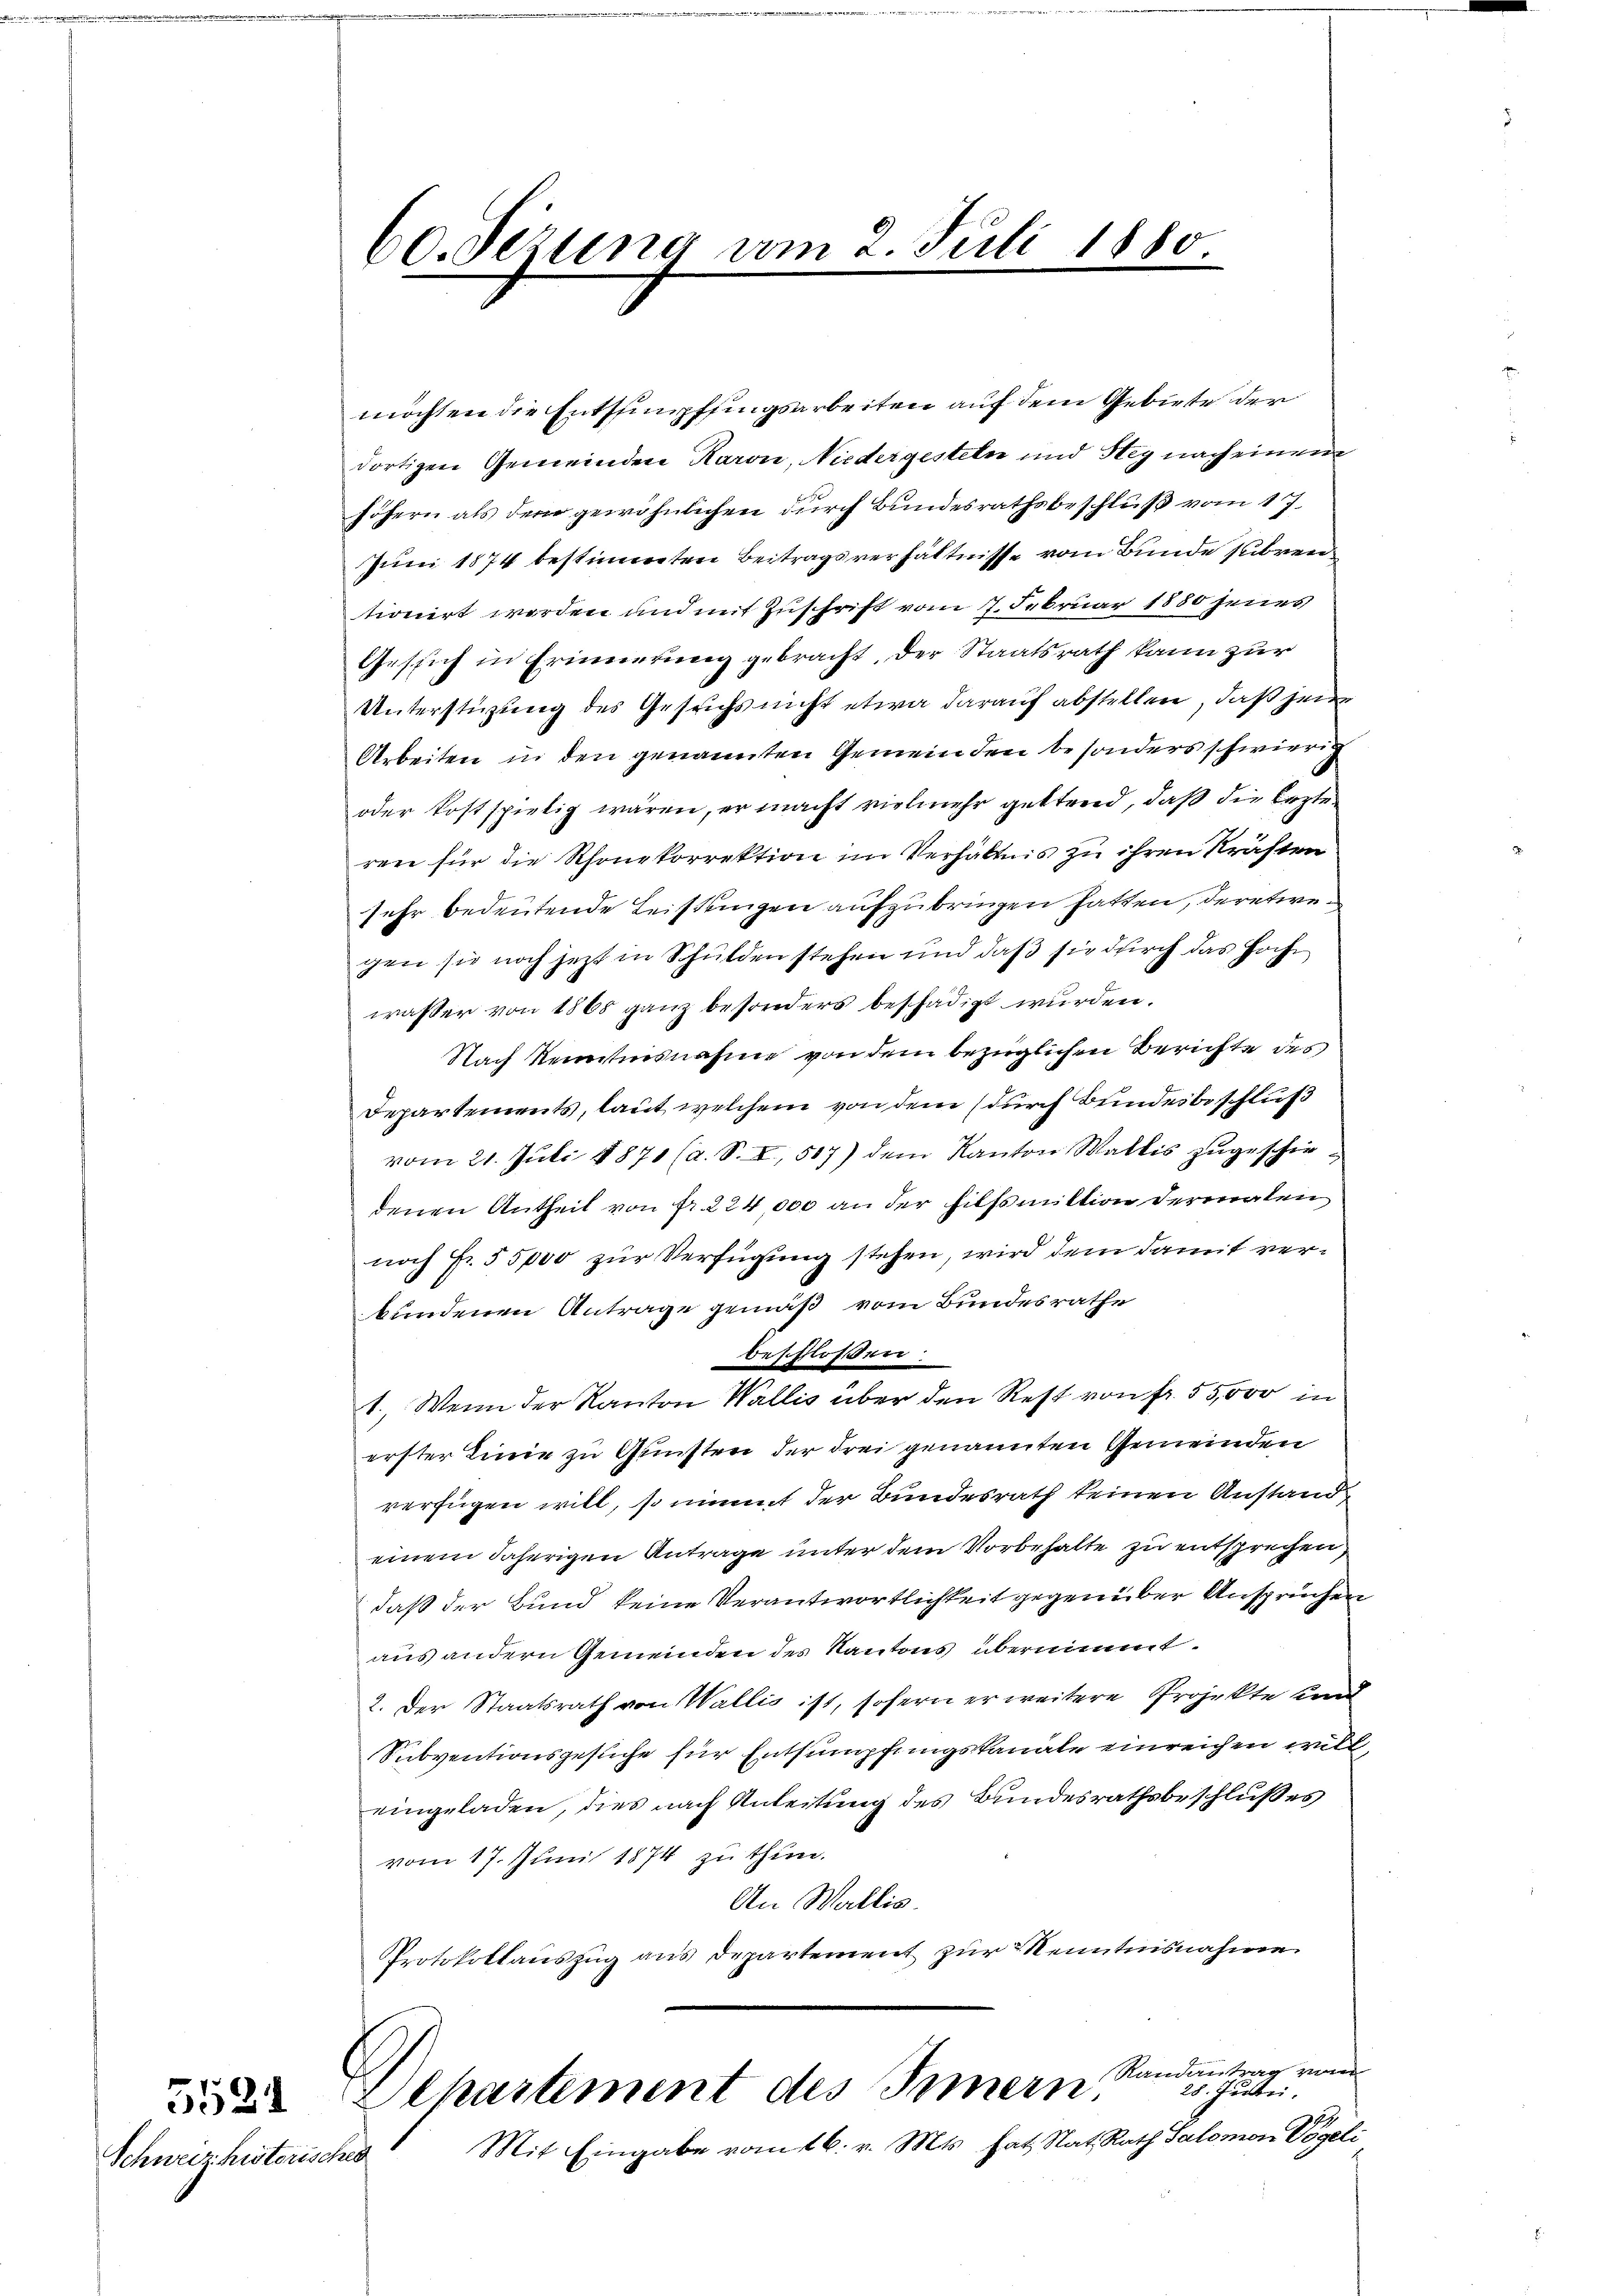
5521
Schweiz historisches

60. Jezung vom 2. Juli 1880
e

möchten die Entsumpfsingsarbeiten auf dem Gebiete der
dortigen Gemeinden Karon, Niedergesteln und Steg nach einem
höhern als dem gewöhnlichen durch Bundesrathsbeschluß vom 17.
Juni 1874 bestimmten Beitragsverhältnisse vom Bunde subren
tionirt worden und mit Zuschrift vom 7. Februar 1850 jenes
Gesich in Erinnerung gebracht, der Staatsrath kann zur
Unterstüzung des Gesuchs nicht etwa darauf abstellen, daß jene
Arbeiten in den genannten Gemeinden besonders schwierig
oder kostspielig wären, er macht vielmehr geltend, daß die lezte
ren für die Rhonekorrektion im Verhältnis zu ihren Kräften
sehr bedeutende Leistungen aufzubringen hatten, deretwegen sie noch jetzt in Schulden stehen und daß sie durch das Hochwasser von 1868 ganz besonders beschädigt wurden.
Nach Renntnisnahme von dem bezüglichen Berichte des
Departements, laut welchem von dem (durch Bundesbeschluß
vom 21. Juli 1871 (a. S. I, 517) dem Kanton Wallis zugeschiedenen Antheil von Fr. 224,000 an der Hilfsmittion dermalen
noch Fr. 55,000 zur Verfügung stehen, wird dem damit verbundenen Antrage gemäß vom Bundesrathe
beschloßen.
1. Wenn der Kanton Wallis über den Rest von fr. 55,000 in
erster Linie zu Gunsten der drei genannten Gemeinden
verfügen will, so nimmt der Bundesrath keinen Anstand
einem daherigen Antrage unter dem Vorbehalte zu entsprechen
daß der Bund keine Verantwortlichkeit gegenüber Ansprüchen
aus andern Gemeinden des Kantons übernimmt.
2. Der Staatsrath von Wallis ist, sofern er weitere Projekte und
Subventionsgesuche für Entsumpfungskanale einreichen willeingeladen, dies nach Anleitung des Bundesrathsbeschlußes
vom 17. Juni 1874 zu thun.
An Wallis.
Protokollauszug aus Departement zur Kenntnisnahme
Randantrag von
28. Julii.
Alhartement des Innern,
Mit Eingabe vom 16. v. Mts. hat Rat, Rath Salomon Vögeli